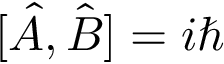
[ { \hat { A } } , { \hat { B } } ] = i \hbar